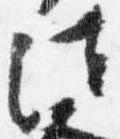
法